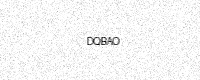
Text: DQBAO